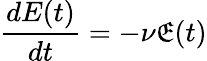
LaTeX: \frac{dE(t)}{dt}=-\nu\mathfrak{E}(t)